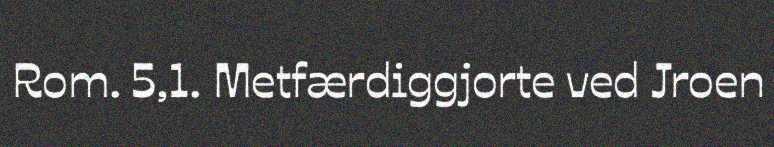
Rom. 5,1. Metfærdiggjorte ved Jroen